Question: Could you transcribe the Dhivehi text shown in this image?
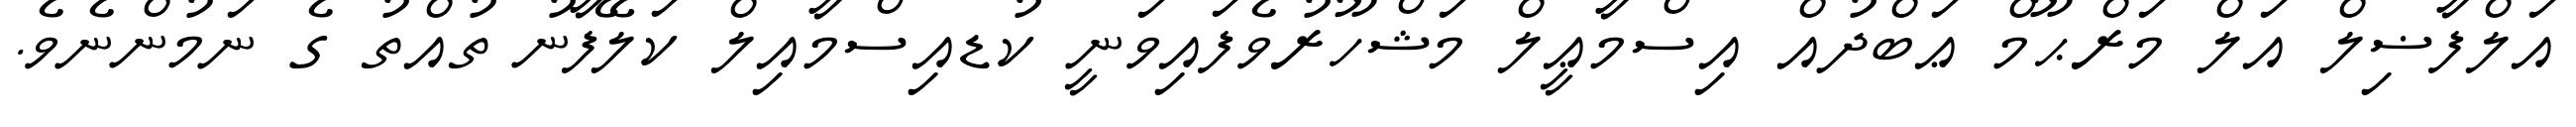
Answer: އަލްފާޟިލް އަލް މަރްޙޫމް ޢަބްދުއް އިސްމާޢީލް މަޝްހޫރުވެފައިވަނީ ކުޑއިސްމާއިލް ކަލޭފާނު ތުއްތު ގެ ނަމުންނެވެ.